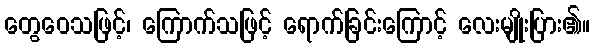
တွေဝေသဖြင့်၊ ကြောက်သဖြင့် ရောက်ခြင်းကြောင့် လေးမျိုးပြား၏။